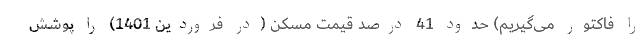
را فاکتور می‌گیریم) حدود 41 درصد قیمت مسکن (در فروردین 1401) را پوشش